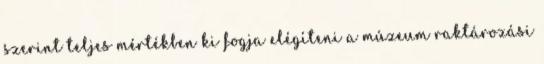
szerint teljes mértékben ki fogja elégíteni a múzeum raktározási